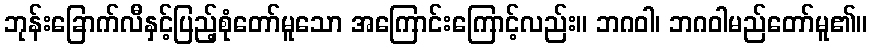
ဘုန်းခြောက်လီနှင့်ပြည့်စုံတော်မူသော အကြောင်းကြောင့်လည်း။ ဘဂဝါ၊ ဘဂဝါမည်တော်မူ၏။